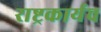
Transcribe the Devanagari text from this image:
राष्ट्रकार्यच